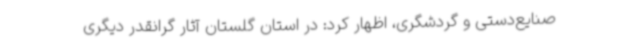
صنایع‌دستی و گردشگری، اظهار کرد: در استان گلستان آثار گرانقدر دیگری